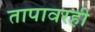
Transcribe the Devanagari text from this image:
तापावरही